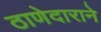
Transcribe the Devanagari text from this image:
ठाणेदाराने